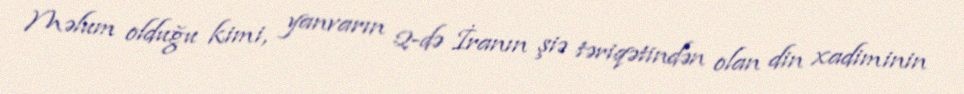
Məlum olduğu kimi, yanvarın 2-də İranın şiə təriqətindən olan din xadiminin